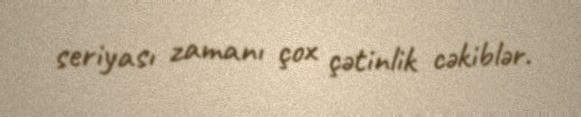
seriyası zamanı çox çətinlik cəkiblər.